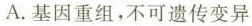
A.基因重组，不可遗传变异